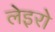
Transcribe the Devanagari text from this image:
लेइरो